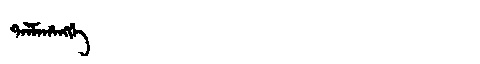
Manchu: ᡨᠠᠯᠮᠠᡥᠠᠩᡤᡝ
Romanization: TALMAHANGGE